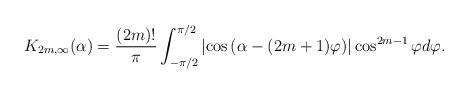
LaTeX: \begin{align*} K_{2m,\infty}(\alpha)={(2m)! \over \pi} \int_{-\pi/2}^{\pi/2}\left |\cos \left ( \alpha -(2m+1)\varphi\right )\right | \cos^{2m-1}\varphi d\varphi .\end{align*}